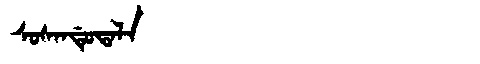
Manchu: ᠰᠣᠰᠠᠨᡩᡠᡨᠠᠯᠠ
Romanization: SOSANDUTALA